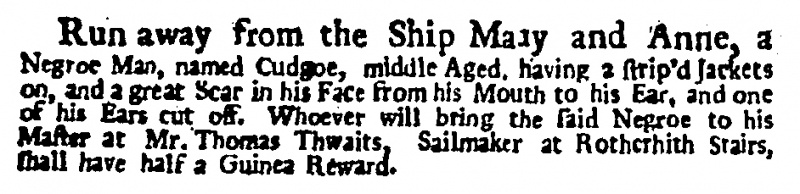
Daily Post, 9 September 1724 (England)
Run away from the Ship Mary and Anne, a Negroe Man, named Cudgoe, middle Aged, having a strip’d Jackets on, and a great Scar in his Face from his Mouth to his Ear, and one of his Ears cut off. Whoever will bring the said Negroe to his Master at Mr. Thomas Thwaits, Sailmaker at Rotherhith Stairs, shall have half a Guinea Reward.